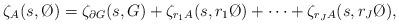
LaTeX: \begin{align*}\zeta_A(s,\O)=\zeta_{\partial G}(s,G)+\zeta_{r_1A}(s,r_1\O)+\cdots+\zeta_{r_JA}(s,r_J\O),\end{align*}